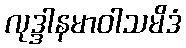
လုဒ္ဒါနမာဝါသမိဒံ